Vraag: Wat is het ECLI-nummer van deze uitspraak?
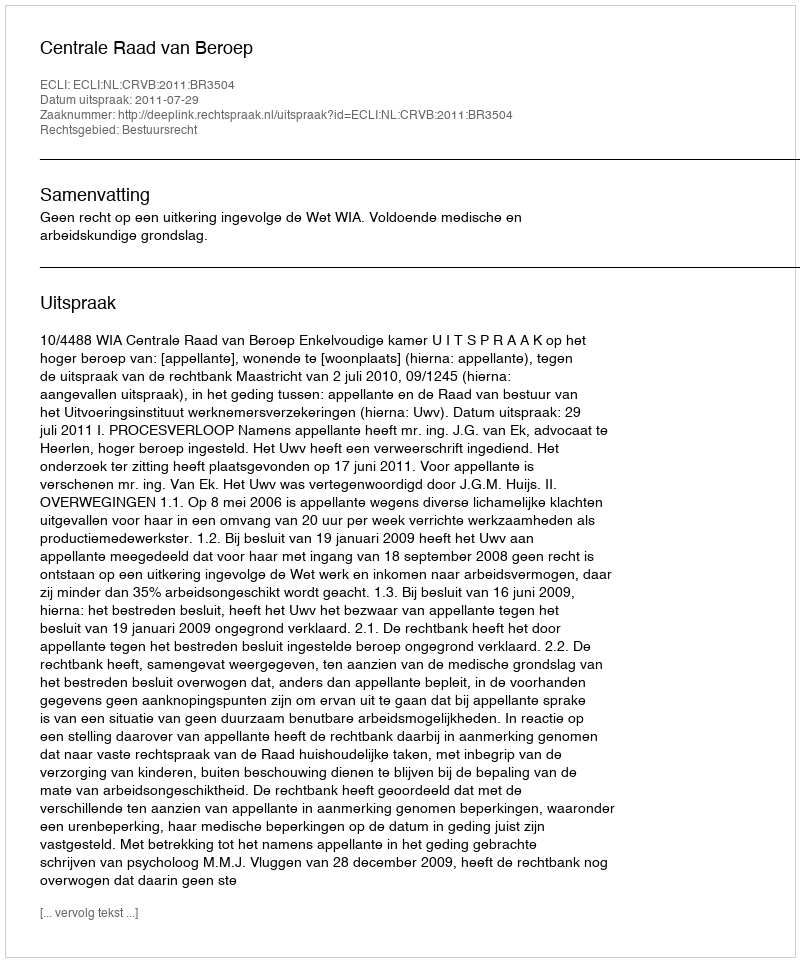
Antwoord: ECLI:NL:CRVB:2011:BR3504